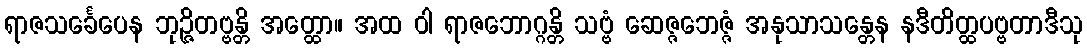
ရာဇသင်္ခေပေန ဘုဉ္ဇိတဗ္ဗန္တိ အတ္ထော။ အထ ဝါ ရာဇဘောဂ္ဂန္တိ သဗ္ဗံ ဆေဇ္ဇဘေဇ္ဇံ အနုသာသန္တေန နဒီတိတ္ထပဗ္ဗတာဒီသု